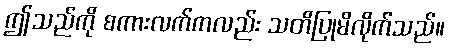
ဤသည်ကို စကားလက်ကလည်း သတိပြုမိလိုက်သည်။